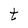
Character: t